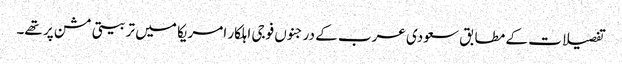
تفصیلات کے مطابق سعودی عرب کے درجنوں فوجی اہلکار امریکا میں تربیتی مشن پر تھے۔